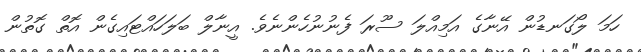
ހަމަ ލޯގަނޑުން އޭނާގެ އަމިއްލަ ސޫރަ ފެނުނުހެންނެވެ. އީނާލް ބަލަހައްޓައިގެން އޮތް ގޮތުން